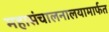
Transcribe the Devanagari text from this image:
महासंचालनालयामार्फत